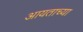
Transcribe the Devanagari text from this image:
आयताच्या